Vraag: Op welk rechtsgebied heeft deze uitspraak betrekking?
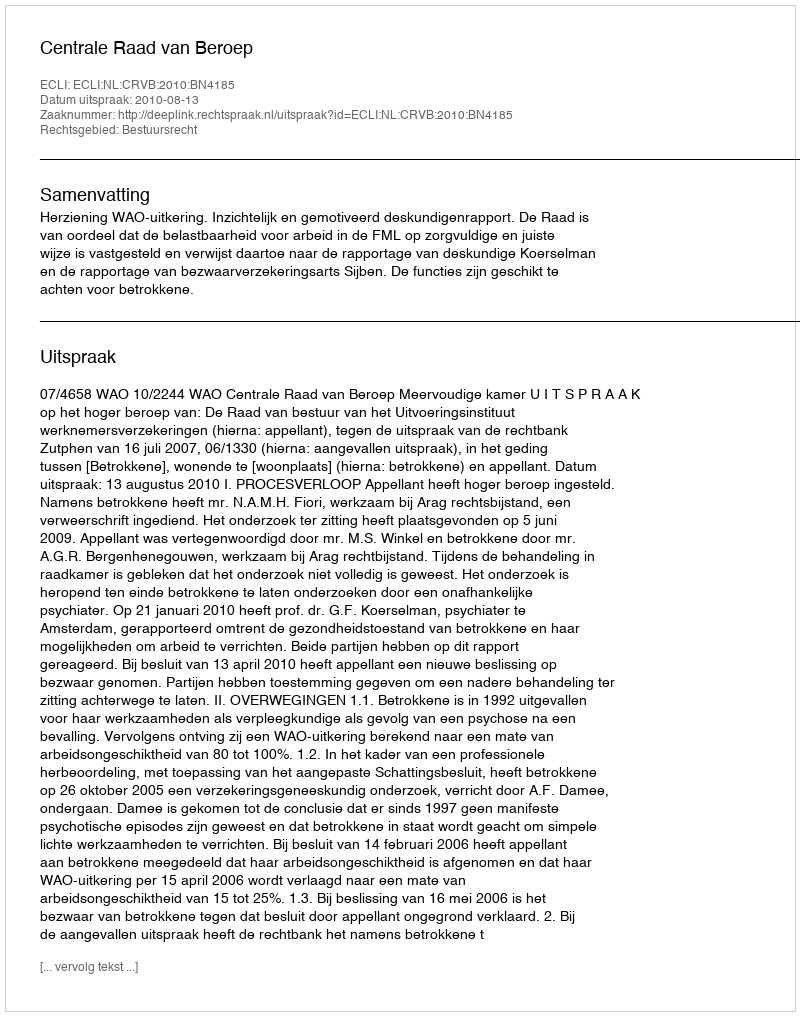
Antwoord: Bestuursrecht